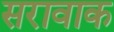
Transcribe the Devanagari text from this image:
सरावाक